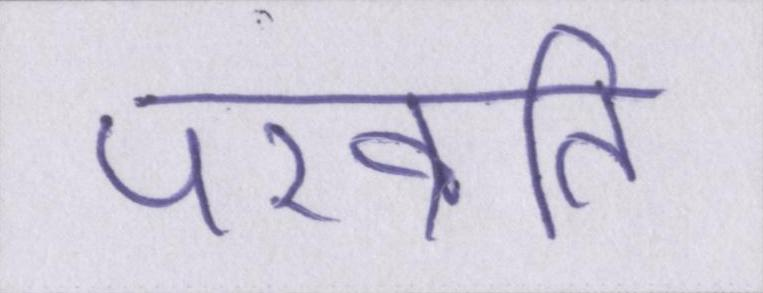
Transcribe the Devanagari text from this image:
परव्रति